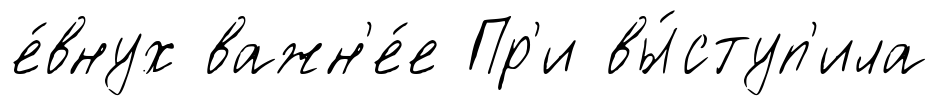
е́внух важн'е́е Пр'и вы́ступ'ила